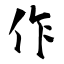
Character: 作